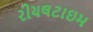
રીયલટાઇમ